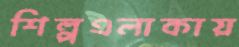
শিল্পএলাকায়